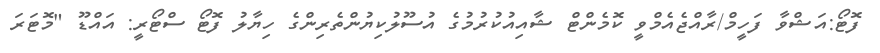
ފޮޓޯ:އަޝްވާ ފަހީމް/ރާއްޖެއެމްވީ ކޮމެންޓް ޝާއިއުކުރުމުގެ އުސޫލުކިޔުންތެރިންގެ ހިޔާލު ފޮޓޯ ސްޓޯރީ: އައްޑޫ "މޮޓަރަ